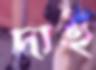
দাই